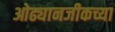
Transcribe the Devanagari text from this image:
ओढ्यानजीकच्या